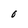
Character: 6